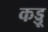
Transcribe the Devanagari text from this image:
कड्डू